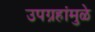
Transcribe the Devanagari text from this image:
उपग्रहांमुळे